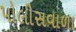
પોલીસવાળા